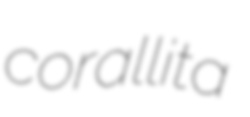
corallita